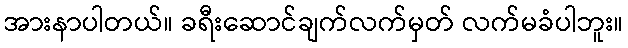
အားနာပါတယ်။ ခရီးဆောင်ချက်လက်မှတ် လက်မခံပါဘူး။